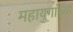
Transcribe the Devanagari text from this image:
महायुगांच्या